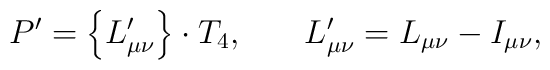
P^{\prime }=\left\{ L_{\mu \nu }^{\prime }\right\} \cdot T_4 ,\hspace{0.3in} L_{\mu \nu }^{\prime }=L_{\mu \nu }-I_{\mu \nu } ,